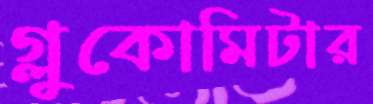
গ্লুকোমিটার